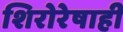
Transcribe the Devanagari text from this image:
शिरोरेषाही